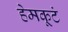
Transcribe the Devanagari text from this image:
हेमकूटं